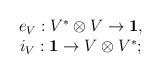
LaTeX: \begin{align*}\begin{array}{c}e_V: V^*\otimes V\to {\bf 1}, \\i_V:{\bf 1}\to V\otimes V^*;\end{array}\end{align*}